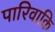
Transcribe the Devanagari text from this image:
पारिवाकि